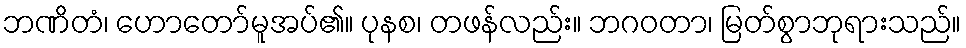
ဘဏိတံ၊ ဟောတော်မူအပ်၏။ ပုနစ၊ တဖန်လည်း။ ဘဂဝတာ၊ မြတ်စွာဘုရားသည်။